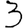
Digit: 3